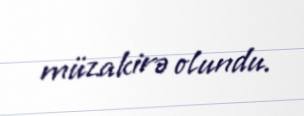
müzakirə olundu.